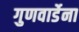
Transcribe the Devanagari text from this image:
गुणवार्डेना